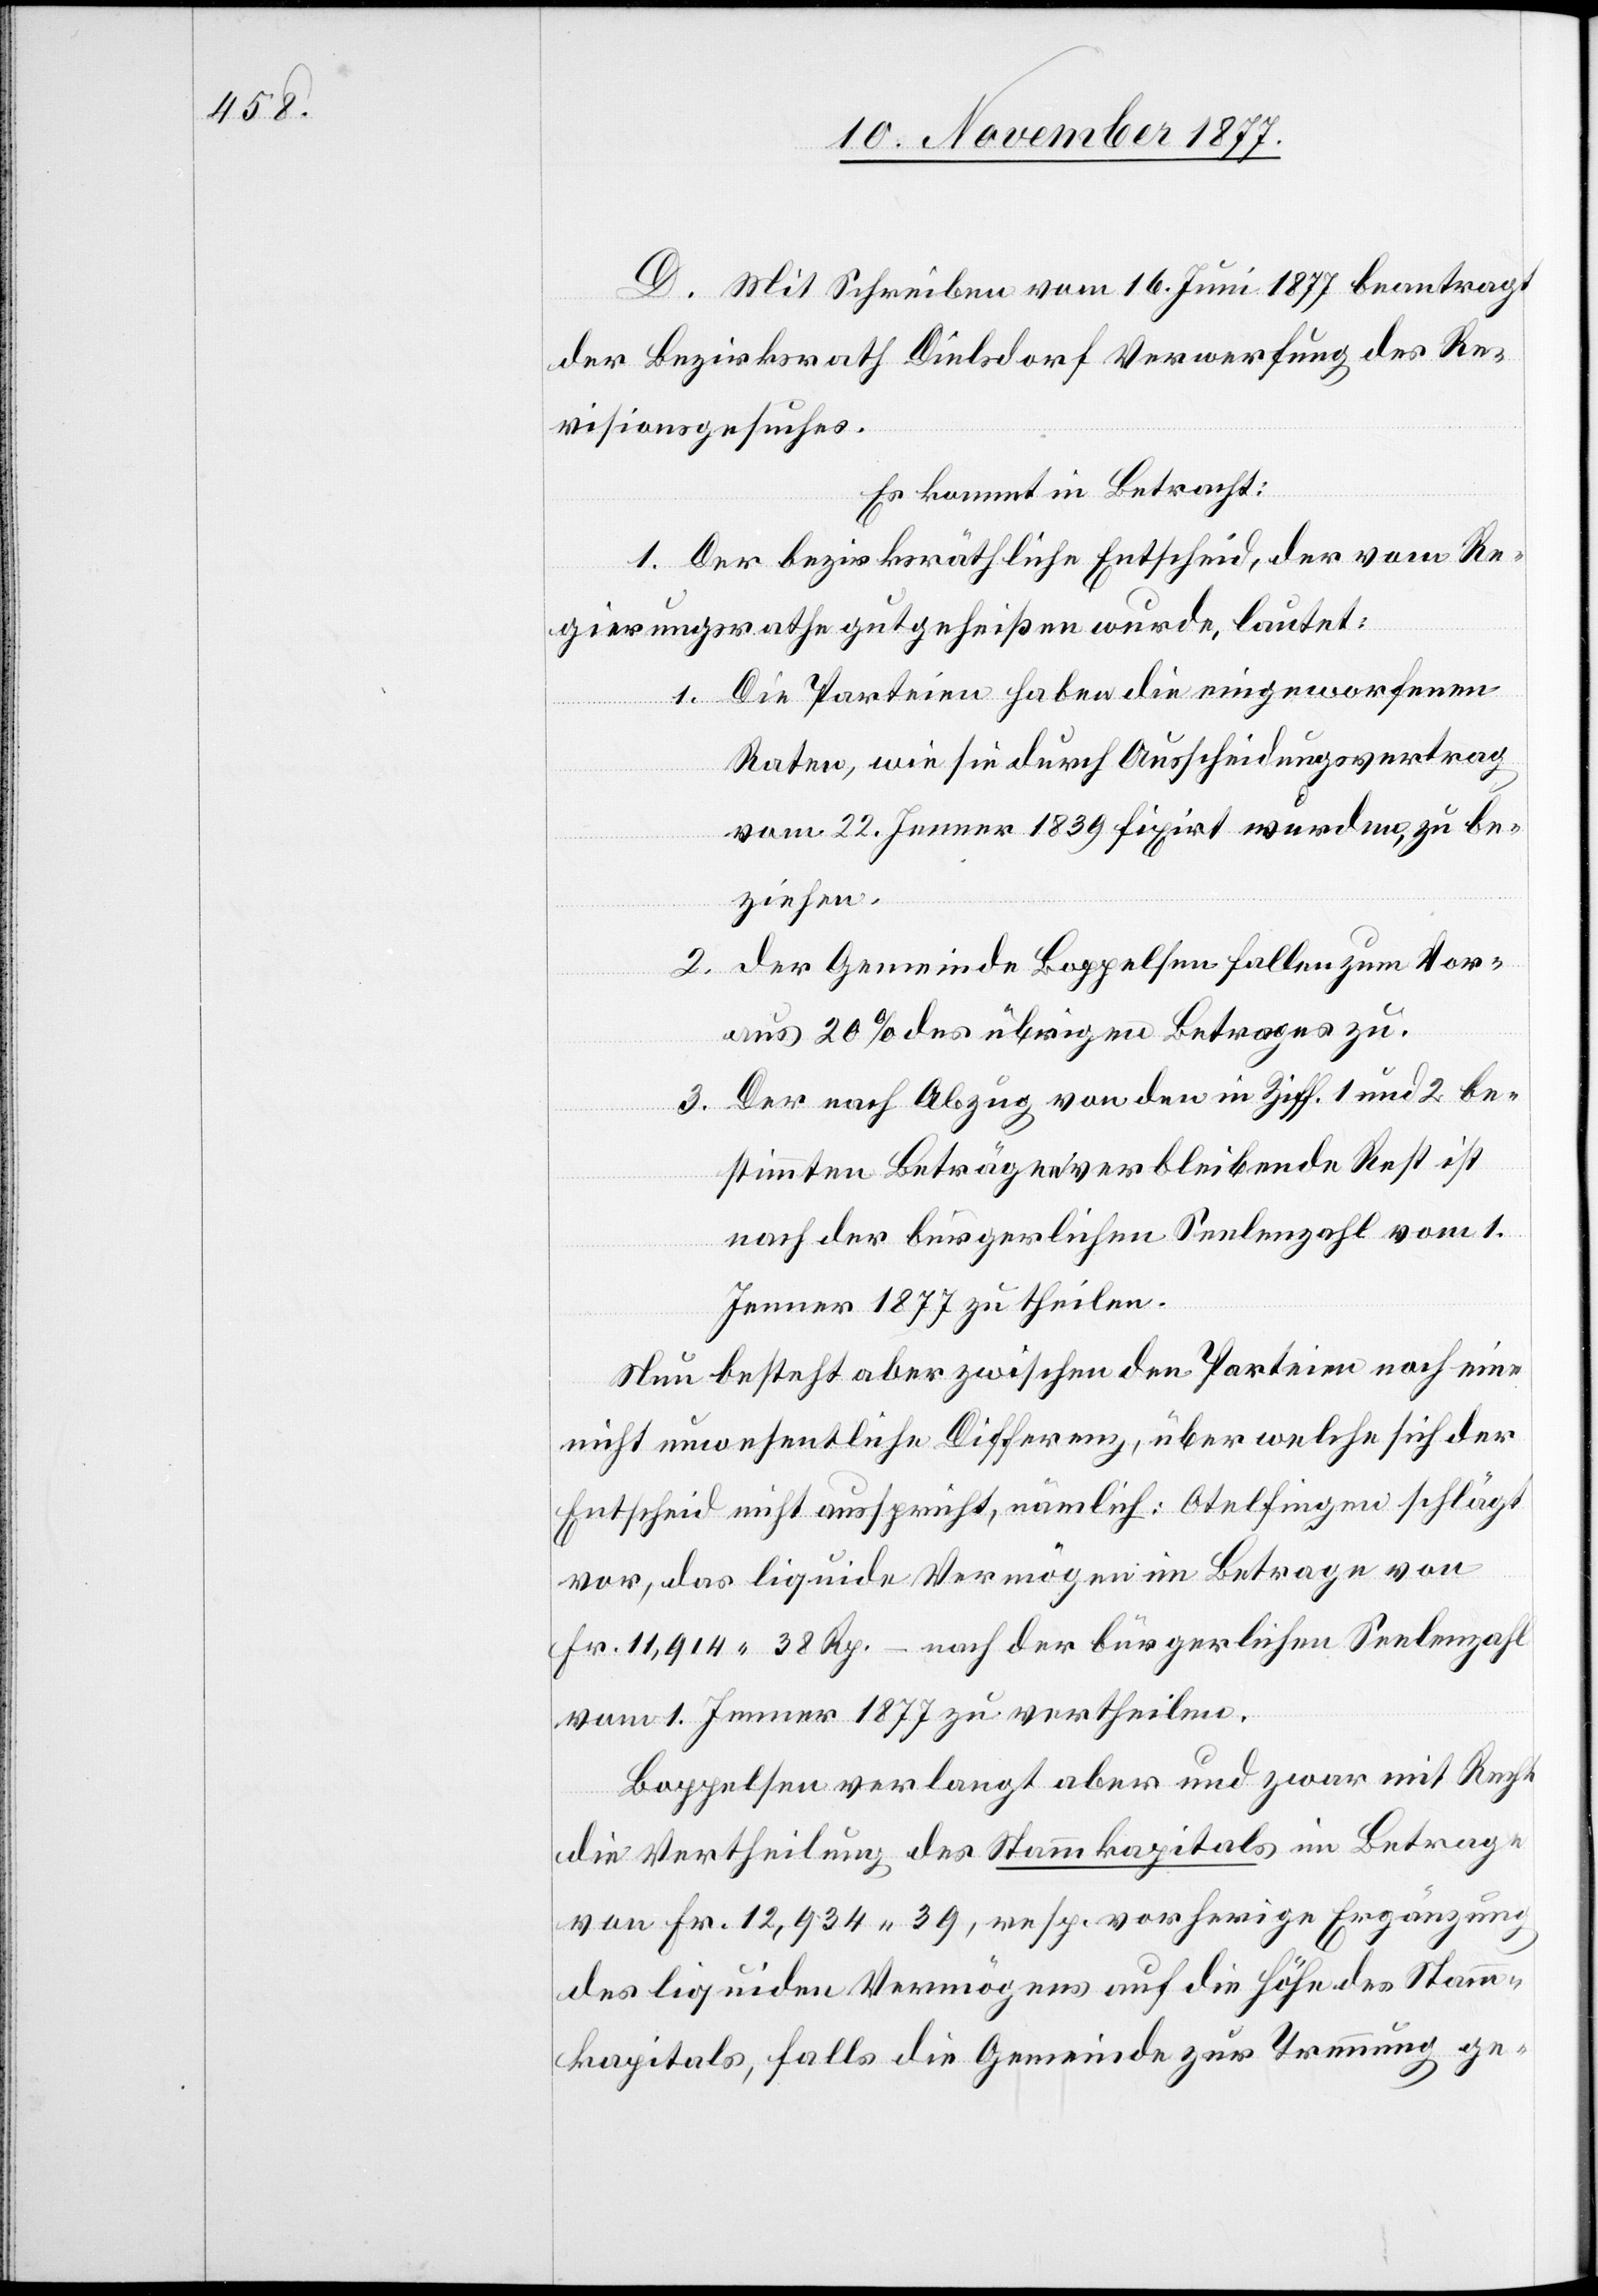
D. Mit Schreiben vom 16. Juni 1877 beantragt
der Bezirksrath Dielsdorf Verwerfung des Re¬
visionsgesuches.
Es kommt in Betracht:
1. Der bezirksräthliche Entscheid, der vom Re¬
gierungsrathe gutgeheißen wurde, lautet:
1. Die Parteien haben die eingeworfenen
Raten, wie sie durch Ausscheidungsvertrag
vom 22. Jenner 1839 fixirt wurden, zu be¬
ziehen.
2. der Gemeinde Boppelsen fallen zum Vor¬
aus 20% des übrigen Betrages zu.
3. Der nach Abzug von den in Ziff. 1 und 2 be¬
stimmten Beträgen verbleibende Rest ist
nach der bürgerlichen Seelenzahl vom 1.
Jenner 1877 zu theilen.
Nun besteht aber zwischen den Parteien noch eine
nicht unwesentliche Differenz, über welche sich der
Entscheid nicht ausspricht, nämlich: Otelfingen schlägt
vor, das liquide Vermögen im Betrage von
Fr. 11,914 38 Rp. – nach der bürgerlichen Seelenzahl
vom 1. Jenner 1877 zu vertheilen.
Boppelsen verlangt aber und zwar mit Recht
die Vertheilung des Stammkapitals im Betrage
von Fr. 12,934 39, resp. vorherige Ergänzung
des liquiden Vermögens auf die Höhe des Stamm¬
kapitals, falls die Gemeinde zur Trennung ge-